Vaccination North-Western Provinces and Oudh 1896-1901 - 1896-1901
Year: 1896
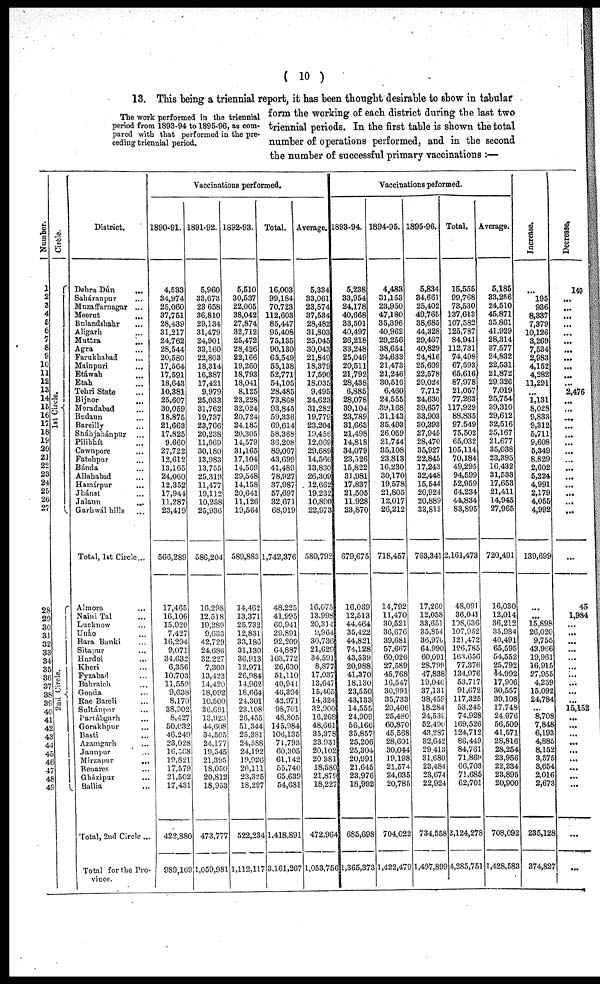
( 10 )
The work performed in the triennial
period from 1893-94 to 1895-96, as com-
pared with that performed in the pre-
ceding triennial period.
13. This being a triennial report, it has been thought desirable to show in tabular
form the working of each district during the last two
triennial periods. In the first table is shown the total
number of operations performed, and in the second
the number of successful primary vaccinations :—
Number.
1
2
3
4
5
6
7
8
9
10
11
12
13
14
15
16
17
18
19
20
21
22
23
24
25
26
27
28
29
30
31
32
33
34
35
36
37
38
39
40
41
42
43
44
45
46
47
48
49
Circle.
1st Circle.
2nd Circle.
District.
Dehra Dún
...
Saháranpur ...
Muzaffarnagar ...
Meerut ...
Bulandshahr ...
Aligarh ...
Muttra ...
Agra ...
Farukhabad ...
Mainpuri ...
Etáwah ...
Etah
...
Tehri State ...
Bijnor ...
Moradabad
...
Budaun ...
Bareilly ...
Sháhjahánpur ...
Pilibhít ...
Cawnpore ...
Fatehpur ...
Bánda ...
Allahabad ...
Hamírpur ...
Jhánsi ...
Jalaun
...
Garhwál hills ...
Total, 1st Circle ...
Almora ...
Naini Tal ...
Lucknow ...
Unáo ...
Bara Banki ...
Sitapur ...
Hardoi ...
Kheri ...
Fyzabad ...
Bahraich ...
Gonda ...
Rae Bareli ...
Sultánpur ...
Partábgarh ...
Gorakhpur ...
Basti ...
Azamgarh ...
Jaunpur ...
Mirzapur
...
Benares ...
Gházipur ...
Ballia ...
Total, 2nd Circle ...
Total for the Pro-
vince.
Vaccinations performed.
1890-91.
4,533
34,974
25,060
37,751
28,439
31,217
24,762
28,544
20,580
17,564
17,591
18,643
10,381
25,607
30,059
18,875
21,663
17,825
9,660
27,722
12,612
13,165
24,060
12,352
17,944
11,287
23,419
566,289
17,465
16,106
15,920
7,427
16,294
9,071
34,632
6,356
10,703
11,559
9,638
8,170
38,902
8,427
50,032
46,249
23,028
16,568
19,821
17,579
21,502
17,431
422,880
989,169
1891-92.
5,960
33,673
23,658
36,810
29,134
31,479
24,901
33,160
22,803
18,314
16,387
17,421
9,979
25,033
31,762
19,737
23,766
20,238
11,969
30,180
13,983
13,755
25,319
11,477
19,112
10,258
25,936
586,204
16,298
12,518
19,289
9,633
42,729
24,686
32,227
7,303
13,423
14,420
18,092
10,500
36,691
13,923
44,608
34,505
24,177
19,545
21,395
18,050
20,812
18,953
473,777
1,059,981
1892-93.
5,510
30,537
22,005
38,042
27,874
32,712
25,472
28,426
22,166
19,260
18,793
18,041
8,125
23,228
32,024
20,724
24,185
20,305
14,579
31,165
17,104
14,569
29,548
14,158
20,641
11,126
19,564
589,883
14,462
13,371
25,732
12,831
33,186
31,130
36,913
12,971
26,984
14,962
18,664
24,301
23,108
26,455
51,344
25,381
24,588
24,192
19,926
20,111
23,325
18,297
522,234
1,112,117
Total.
16,003
99,184
70,723
112,603
85,447
95,408
75,135
90,130
65,549
55,138
52,771
54,105
28,485
73,868
93,845
59,336
69,614
58,368
36,208
89,067
43,699
41,489
78,927
37,987
57,697
32,671
68,919
1,742,376
48,225
41,995
60,941
29,891
92,209
64,887
103,772
26,630
51,110
40,941
46,394
42,971
98,701
48,805
145,984
106,135
71,793
60,305
61,142
55,740
65,639
54,681
1,418,891
3,161,267
Average.
5,334
33,061
23,574
37,534
28,482
31,803
25,045
30,043
21,849
18,379
17,590
18,035
9,495
24,623
31,282
19,779
23,204
19,456
12,069
29,689
14,566
13,830
26,309
12,662
19,232
10,890
22,973
580,792
16,075
13,998
20,314
9,964
30,736
21,629
34,591
8,877
17,037
13,647
15,465
14,324
32,900
16,268
48,661
35,378
23,931
20,102
20,381
18,580
21,879
18,227
472,964
1,053,756
Vaccinations peformed.
1893-94.
5,238
33,954
24,178
40,668
33,501
40,497
26,218
33,248
25,049
20,511
21,792
28,438
6,885
28,078
39,104
23,789
31,663
21,498
14,818
34,079
23,526
15,822
31,981
17,837
21,505
11,928
23,870
679,675
16,039
12,513
44,464
35,422
44,821
74,128
43,539
20,988
41,370
18,130
23,550
43,133
14,555
24,909
56,166
35,857
25,206
25,304
20,991
21,645
23,976
18,992
685,698
1,365,373
1894-95.
4,483
31,153
23,950
47,180
35,396
40,962
29,256
38,654
24,633
21,473
21,246
30,516
6,460
24,555
39,168
31,143
35,493
26,059
21,744
35,108
23,813
16,230
30,170
19,578
21,805
12,017
26,212
718,457
14,792
11,470
30,521
36,676
39,681
57,667
60,026
27,589
45,768
16,547
30,991
35,733
20,406
25,480
60,870
45,568
28,601
30,044
19,198
21,574
24,035
20,785
704,022
1,422,479
1895-96.
5,834
34,661
25,402
49,765
38,685
44,328
29,467
40,829
24,816
25,609
22,578
29,024
7,712
24,630
39,657
33,903
30,393
27,945
28,470
35,927
22,845
17,243
32,448
15,544
20,924
20,889
33,813
763,341
17,260
12,058
33,651
35,854
36,970
64,990
60,091
28,799
47,838
19,040
37,131
38,459
18,284
24,539
52,490
43,287
32,642
29,413
31,680
23,484
23,674
22,924
734,558
1,497,899
Total.
15,555
99,768
73,530
137,613
107,582
125,787
84,941
112,731
74,498
67,593
65,616
87,978
21,057
77,263
117,929
88,835
97,549
75,502
65,032
105,114
70,184
49,295
94,599
52,959
64,234
44,834
83,895
2,161,473
48,091
36,041
108,636
107,952
121,472
196,785
163,656
77,376
134,976
53,717
91,672
117,325
53,245
74,928
169,526
124,712
86,449
84,761
71,869
66,703
71,685
62,701
2,124,278
4,285,751
Average.
5,185
33,256
24,510
45,871
35,861
41,929
28,314
37,577
24,832
22,531
21,872
29,326
7,019
25,754
39,310
29,612
32,516
25,167
21,677
35,038
23,395
16,432
31,533
17,653
21,411
14,945
27,965
720,491
16,030
12,014
36,212
35,984
40,491
65,595
54,552
25,792
44,992
17,906
30,557
39,108
17,748
24,976
56,509
41,571
28,816
28,254
23,956
22,234
23,895
20,900
708,092
1,428,583
Increase.
...
195
936
8,337
7,379
10,126
3,269
7,534
2,983
4,152
4,282
11,291
...
1,131
8,028
9,833
9,312
5,711
9,608
5,349
8,829
2,602
5,224
4,991
2,179
4,055
4,992
139,699
...
...
15,898
26,020
9,755
43,966
19,961
16,915
27,955
4,259
15,092
24,784
...
8,708
7,848
6,193
4,885
8,152
3,575
3,654
2,016
2,673
235,128
374,827
Decrease.
149
...
...
...
...
...
...
...
...
...
...
...
2,476
...
...
...
...
...
...
...
...
...
...
...
...
...
...
...
45
1,984
...
...
...
...
...
...
...
...
...
...
15,152
...
... ...
...
...
...
...
...
...
...
...